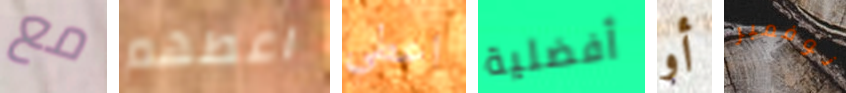
مع اعطهم اعطي أفضلية أو نوفمبر